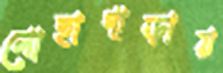
লোহাগাড়ায়